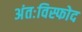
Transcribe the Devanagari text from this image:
अंतःविस्फोद